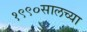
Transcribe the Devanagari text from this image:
१९९०सालच्या